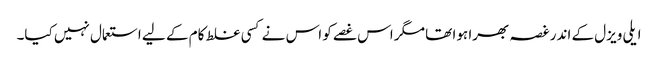
ایلی ویزل کے اندر غصہ بھرا ہوا تھا مگر اس غصے کو اس نے کسی غلط کام کے لیے استعمال نہیں کیا۔